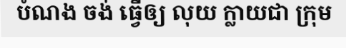
បំណង ចង់ ធ្វើឲ្យ លុយ ក្លាយជា ក្រុម